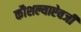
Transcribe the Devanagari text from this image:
कौशल्याऐवजी